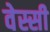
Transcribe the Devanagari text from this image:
वेस्सी